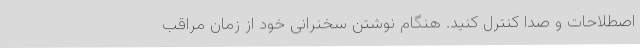
اصطلاحات و صدا کنترل کنید. هنگام نوشتن سخنرانی خود از زمان مراقب